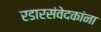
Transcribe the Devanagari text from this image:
रडारसंवेदकांना